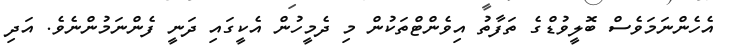
އެހެންނަމަވެސް ބޮލީވުޑްގެ ތަފާތު އިވެންޓްތަކުން މި ދެމީހުން އެކީގައި ދަނީ ފެންނަމުންނެވެ. އަދި